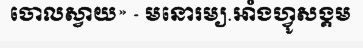
ចោលស្វាយ» - មនោរម្យ.អាំងហ្វូសង្គម